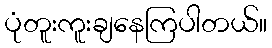
ပုံတူးကူးချနေကြပါတယ်။